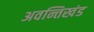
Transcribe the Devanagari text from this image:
अवन्तिखंड